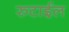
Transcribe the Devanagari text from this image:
रुटाईल